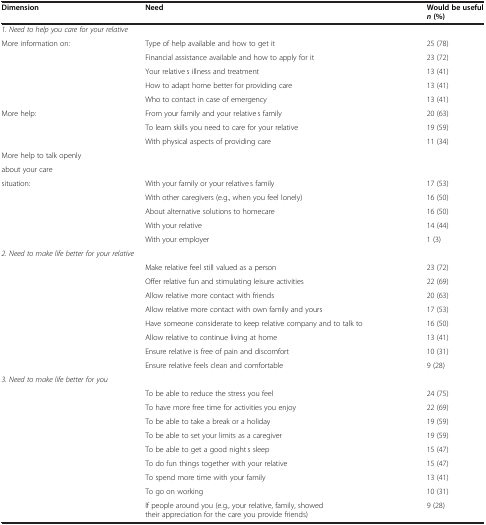
| Dimension | Need | Would be usefuln(%) |
 | --- | --- | --- |
 | <COLSPAN=3> 1. Need to help you care for your relative |
 | More information on: | Type of help available and how to get it | 25 (78) |
 |  | Financial assistance available and how to apply for it | 23 (72) |
 |  | Your relative’s illness and treatment | 13 (41) |
 |  | How to adapt home better for providing care | 13 (41) |
 |  | Who to contact in case of emergency | 13 (41) |
 | More help: | From your family and your relative’s family | 20 (63) |
 |  | To learn skills you need to care for your relative | 19 (59) |
 |  | With physical aspects of providing care | 11 (34) |
 | More help to talk openly |  |  |
 | about your care |  |  |
 | situation: | With your family or your relative’s family | 17 (53) |
 |  | With other caregivers (e.g., when you feel lonely) | 16 (50) |
 |  | About alternative solutions to homecare | 16 (50) |
 |  | With your relative | 14 (44) |
 |  | With your employer | 1 (3) |
 | <COLSPAN=3> 2. Need to make life better for your relative |
 |  | Make relative feel still valued as a person | 23 (72) |
 |  | Offer relative fun and stimulating leisure activities | 22 (69) |
 |  | Allow relative more contact with friends | 20 (63) |
 |  | Allow relative more contact with own family and yours | 17 (53) |
 |  | Have someone considerate to keep relative company and to talk to | 16 (50) |
 |  | Allow relative to continue living at home | 13 (41) |
 |  | Ensure relative is free of pain and discomfort | 10 (31) |
 |  | Ensure relative feels clean and comfortable | 9 (28) |
 | <COLSPAN=3> 3. Need to make life better for you |
 |  | To be able to reduce the stress you feel | 24 (75) |
 |  | To have more free time for activities you enjoy | 22 (69) |
 |  | To be able to take a break or a holiday | 19 (59) |
 |  | To be able to set your limits as a caregiver | 19 (59) |
 |  | To be able to get a good night’s sleep | 15 (47) |
 |  | To do fun things together with your relative | 15 (47) |
 |  | To spend more time with your family | 13 (41) |
 |  | To go on working | 10 (31) |
 |  | If people around you (e.g., your relative, family, showed their appreciation for the care you provide friends) | 9 (28) |